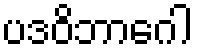
ပဒဝိဘာဂေါ